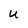
Character: U